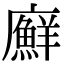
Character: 廯